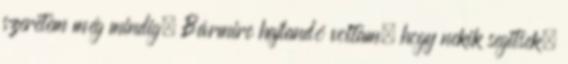
szeretem még mindig. Bármire hajlandó voltam, hogy nekik segitsek,